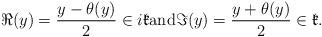
LaTeX: \begin{align*}\Re(y)=\frac{y-\theta(y)}{2}\in i\mathfrak{k}\mathrm{and} \Im(y)=\frac{y+\theta(y)}{2}\in \mathfrak{k}.\end{align*}